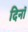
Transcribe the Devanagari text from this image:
दिनॉ